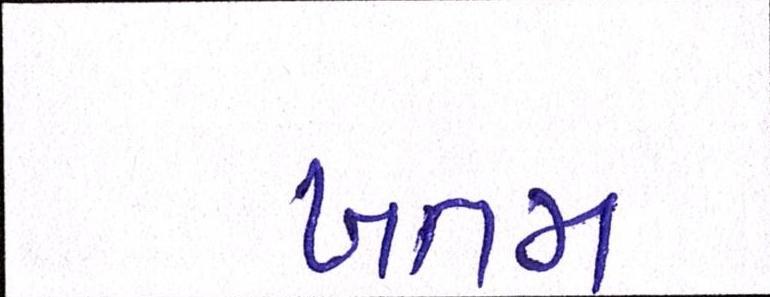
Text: ખતમ